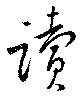
読